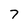
Character: 7